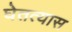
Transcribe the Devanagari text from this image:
घेतत्यास